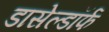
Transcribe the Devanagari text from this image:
डासेल्डॉर्फ